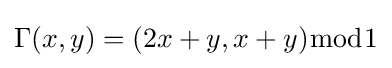
\Gamma (x,y)=(2x+y,x+y){\bmod {1}}